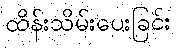
ထိန်းသိမ်းပေးခြင်း